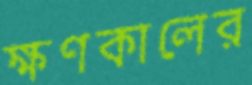
ক্ষণকালের